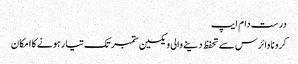
درست دام ایپ
کرونا وائرس سے تحفظ دینے والی ویکسین ستمبر تک تیار ہونے کا امکان